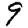
Digit: 9